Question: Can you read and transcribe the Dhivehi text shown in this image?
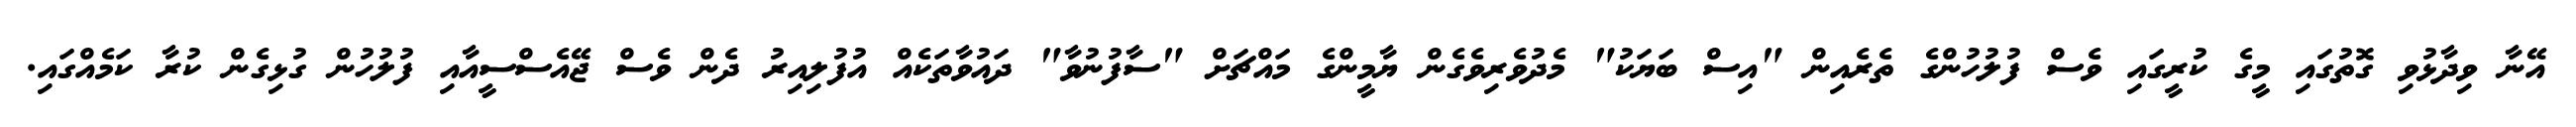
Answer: އޭނާ ވިދާޅުވި ގޮތުގައި މީގެ ކުރީގައި ވެސް ފުލުހުންގެ ތެރެއިން "އިސް ބަޔަކު" މެދުވެރިވެގެން ޔާމީންގެ މައްޗަށް "ސާފުނުވާ" ދައުވާތަކެއް އުފުލިއިރު ދެން ވެސް ޖޭއެސްސީއާއި ފުލުހުން ގުޅިގެން ކުރާ ކަމެއްގައި.